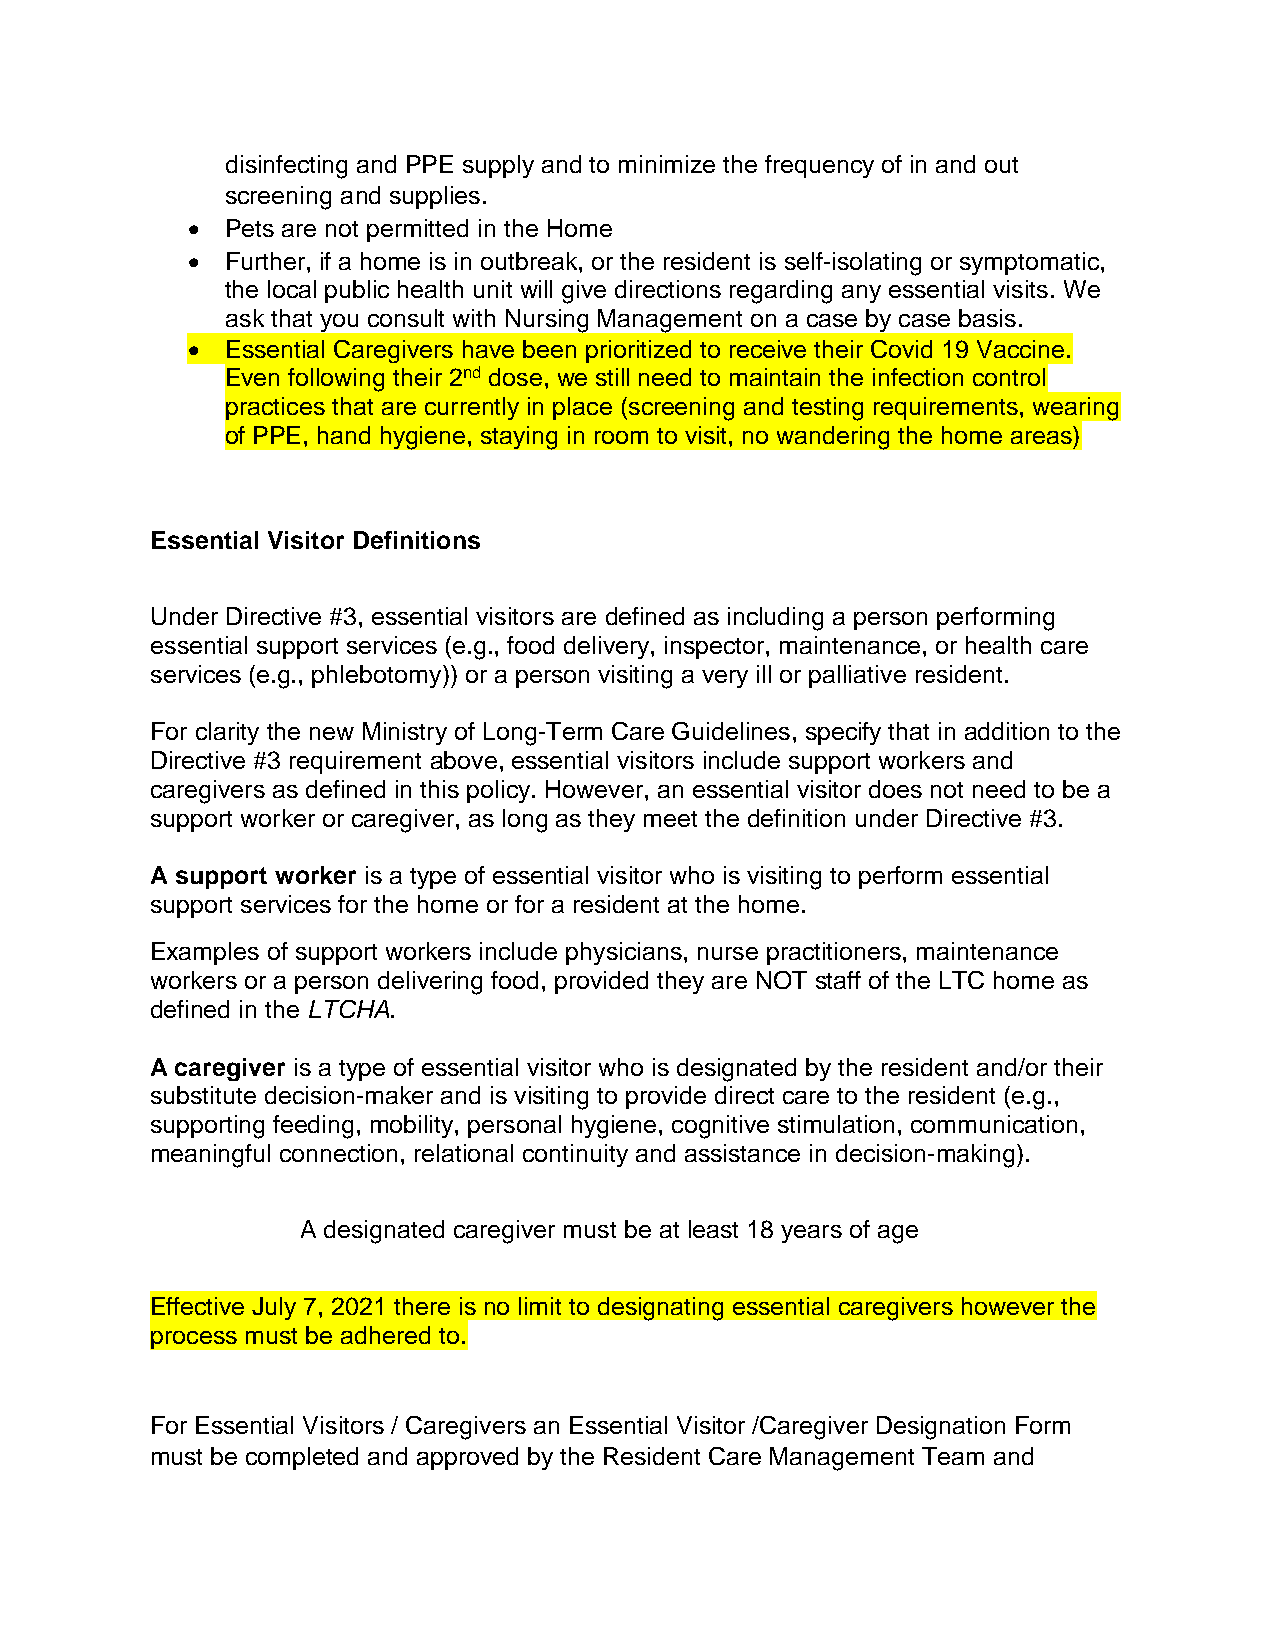
disinfecting and PPE supply and to minimize the frequency of in and out
 screening and supplies.
   Pets are not permitted in the Home
   Further, if a home is in outbreak, or the resident is self-isolating or symptomatic,
 the local public health unit will give directions regarding any essential visits. We
 ask that you consult with Nursing Management on a case by case basis.
   Essential Caregivers have been prioritized to receive their Covid 19 Vaccine.
 Even following their 2nd dose, we still need to maintain the infection control
 practices that are currently in place (screening and testing requirements, wearing
 of PPE, hand hygiene, staying in room to visit, no wandering the home areas)
 Essential Visitor Definitions
 Under Directive #3, essential visitors are defined as including a person performing
 essential support services (e.g., food delivery, inspector, maintenance, or health care
 services (e.g., phlebotomy)) or a person visiting a very ill or palliative resident.
 For clarity the new Ministry of Long-Term Care Guidelines, specify that in addition to the
 Directive #3 requirement above, essential visitors include support workers and
 caregivers as defined in this policy. However, an essential visitor does not need to be a
 support worker or caregiver, as long as they meet the definition under Directive #3.
 A support worker is a type of essential visitor who is visiting to perform essential
 support services for the home or for a resident at the home.
 Examples of support workers include physicians, nurse practitioners, maintenance
 workers or a person delivering food, provided they are NOT staff of the LTC home as
 defined in the LTCHA.
 A caregiver is a type of essential visitor who is designated by the resident and/or their
 substitute decision-maker and is visiting to provide direct care to the resident (e.g.,
 supporting feeding, mobility, personal hygiene, cognitive stimulation, communication,
 meaningful connection, relational continuity and assistance in decision-making).
 A designated caregiver must be at least 18 years of age
 Effective July 7, 2021 there is no limit to designating essential caregivers however the
 process must be adhered to.
 For Essential Visitors / Caregivers an Essential Visitor /Caregiver Designation Form
 must be completed and approved by the Resident Care Management Team and